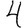
Digit: 4